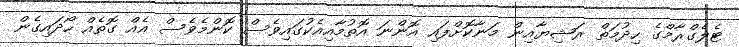
ޓެލެގްރާމްގެ ހިދުމަތް ރަޝިޔާއިން މަނާކޮށްފައި އޮންނަ އޮތުމާއިއެކުގައިވެސް ކޮންމެވެސް އެއް ގޮތެއް ހޯދައިގެން